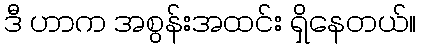
ဒီ ဟာက အစွန်းအထင်း ရှိနေတယ်။